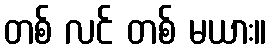
တစ် လင် တစ် မယား။